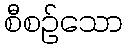
စီစဉ်သော